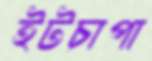
ইটচাপা